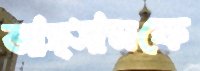
আহ্সানকে